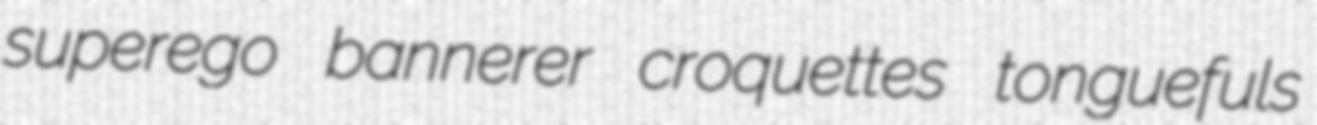
superego bannerer croquettes tonguefuls